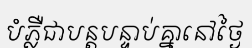
បំភ្លឺជាបន្តបន្ទាប់គ្នានៅថ្ងៃ